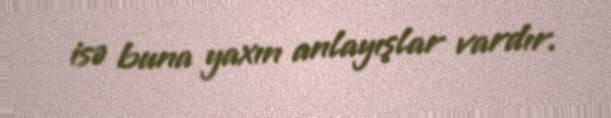
isə buna yaxın anlayışlar vardır.